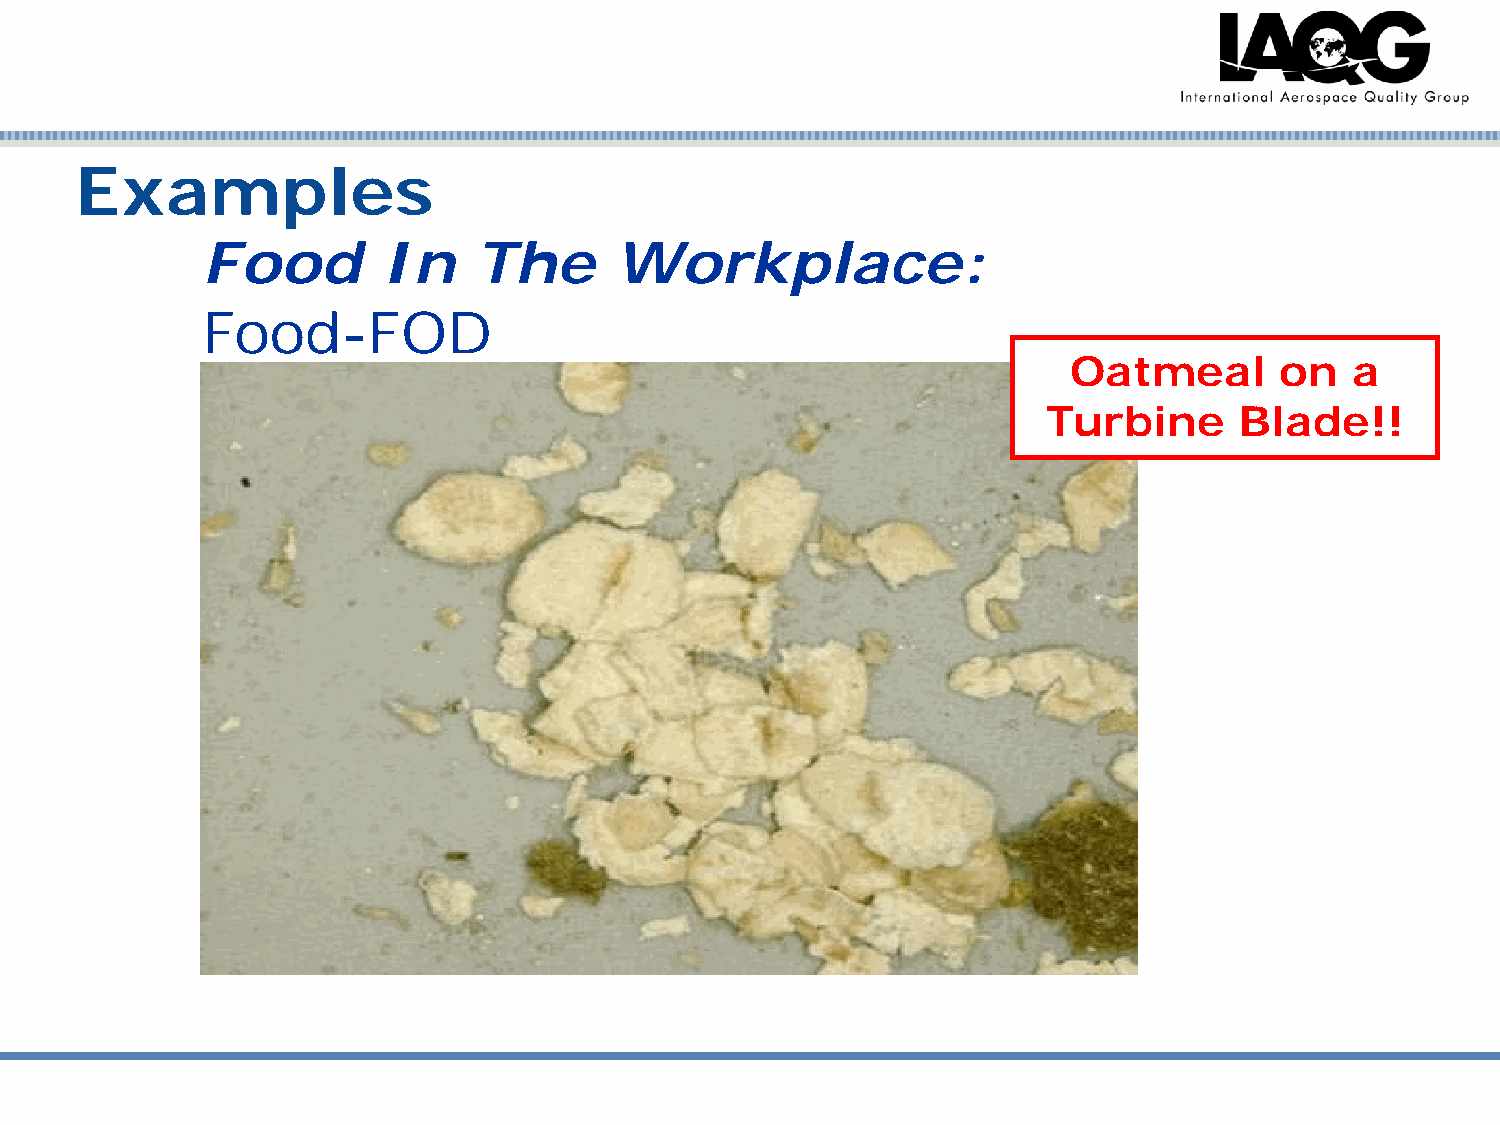
Examples
 Food        In    The       Workplace:
 Food-FOD
 Oatmeal       on   a
 Turbine      Blade!!